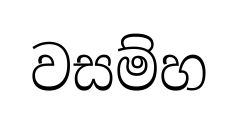
වසම්හ